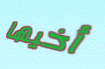
أخيها